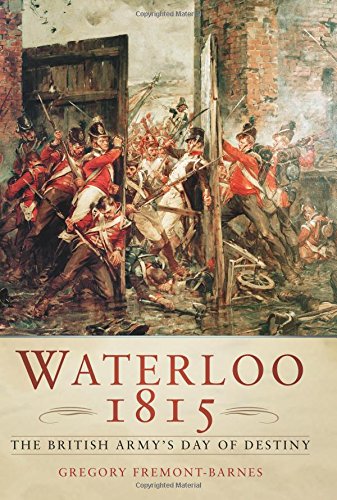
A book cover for Waterloo 1815: The British Army's Day of Destiny; Gregory Fremont-Barnes; History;